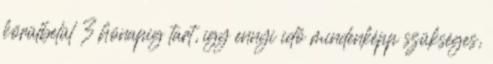
körülbelül 3 hónapig tart, így ennyi idő mindenképp szükséges,